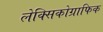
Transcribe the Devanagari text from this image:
लेक्सिकोग्राफिक